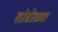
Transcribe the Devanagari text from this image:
तांबोळ्या